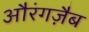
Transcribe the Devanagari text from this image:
औरंगज़ैब